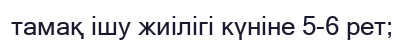
тамақ ішу жиілігі күніне 5-6 рет;